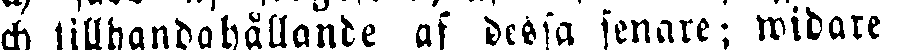
och tillhandahållande af dessa senare ; widare